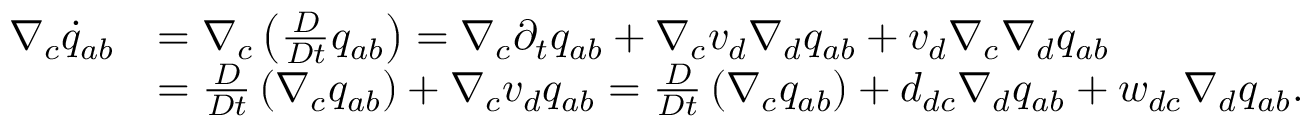
\begin{array} { r l } { \nabla _ { c } \dot { q } _ { a b } } & { = \nabla _ { c } \left( \frac { D } { D t } { q } _ { a b } \right) = \nabla _ { c } \partial _ { t } q _ { a b } + \nabla _ { c } v _ { d } \nabla _ { d } q _ { a b } + v _ { d } \nabla _ { c } \nabla _ { d } q _ { a b } } \\ & { = \frac { D } { D t } \left( \nabla _ { c } q _ { a b } \right) + \nabla _ { c } v _ { d } q _ { a b } = \frac { D } { D t } \left( \nabla _ { c } q _ { a b } \right) + d _ { d c } \nabla _ { d } q _ { a b } + w _ { d c } \nabla _ { d } q _ { a b } . } \end{array}